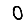
Digit: 0